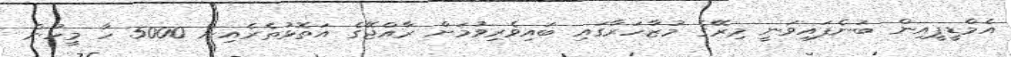
އެމްޑީޕީއިން ބުނެފައިވަނީ މިރޭގެ މުޒާހަރާގައި ބައިވެރިވުމަށް ރާއްޖޭގެ އަތޮޅުތެރެއިން 5000 ހާ މީހުން